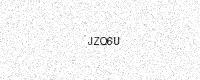
Text: JZQ6U